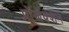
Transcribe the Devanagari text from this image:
प्रॉजेक्शन